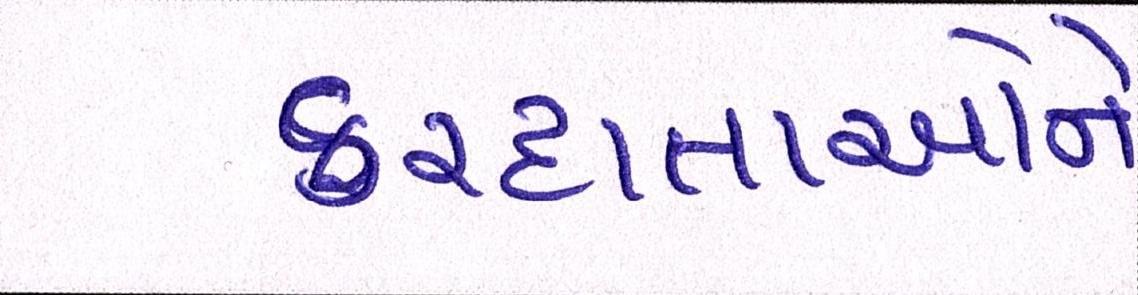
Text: કરદાતાઓને